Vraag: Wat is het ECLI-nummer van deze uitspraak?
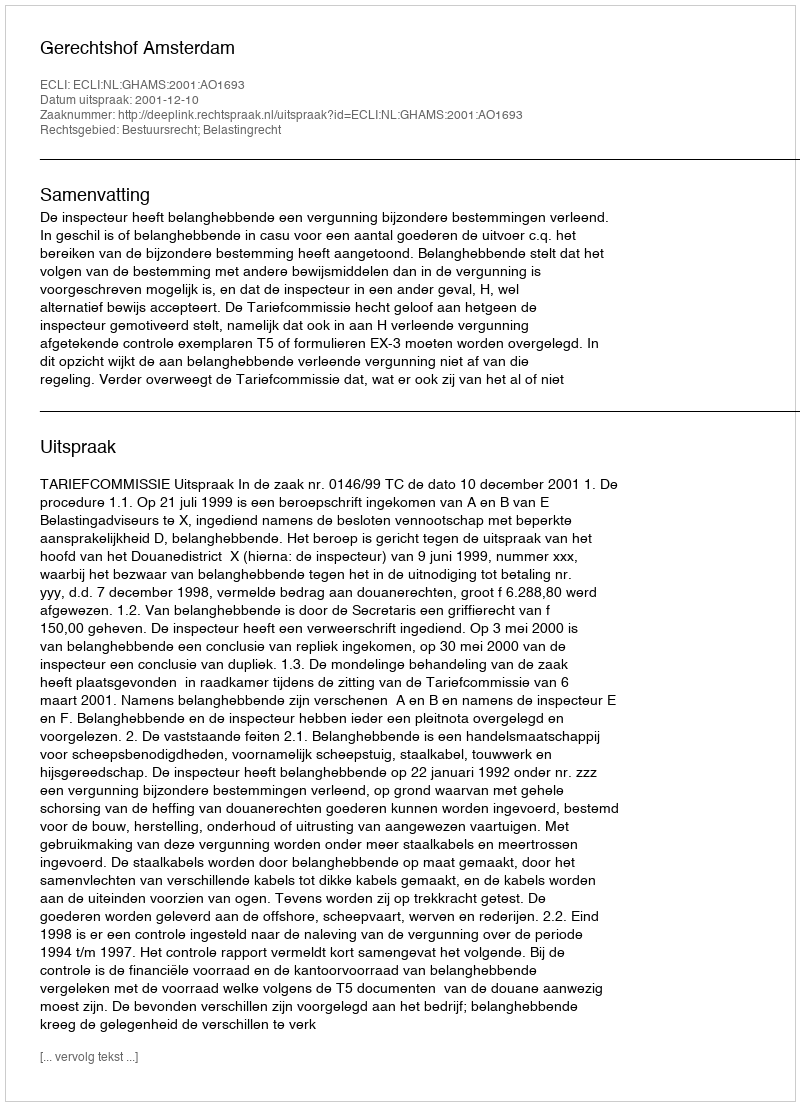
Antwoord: ECLI:NL:GHAMS:2001:AO1693